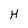
Character: H